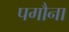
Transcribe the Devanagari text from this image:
पगौना